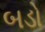
બડો